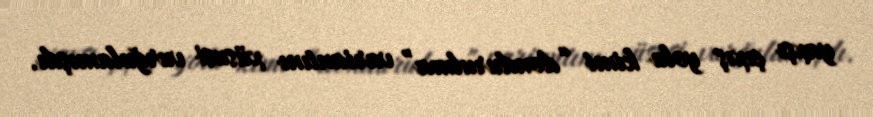
yaxşı çıxış yolu kimi “dondurulma” variantını xüsusi vurğulamışdı.